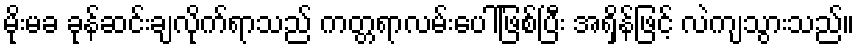
မိုးမခ ခုန်ဆင်းချလိုက်ရာသည် ကတ္တရာလမ်းပေါ်ဖြစ်ပြီး အရှိန်ဖြင့် လဲကျသွားသည်။